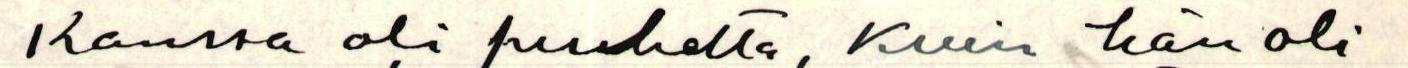
Kanssa oli puhetta, kuin hän oli